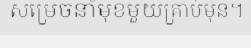
សម្រេចនាំមុខមួយគ្រាប់មុន។